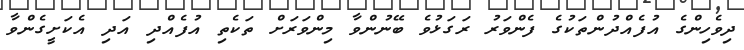
ދިވެހިންގެ އުފެއްދުންތަކުގެ ފެންވަރު ރަގަޅުވެ ބޭނުންވާ މިންވަރަށް ތަކެތި އުފެއްދި އަދި އެކަށީގެންވާ